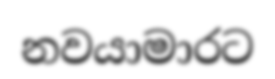
නවයාමාරට